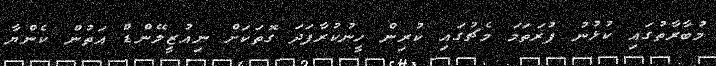
މުބާރާތުގައި ކުޅުނު ފުރަތަމަ މެޗުގައި ކުރިން ހީނުކުރާފަދަ ގޮތަކަށް ނިއުޒީލޭންޑް އަތުން ކެންޔާ